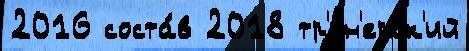
2016 соста́в 2018 тр'е́н'ерск'ий